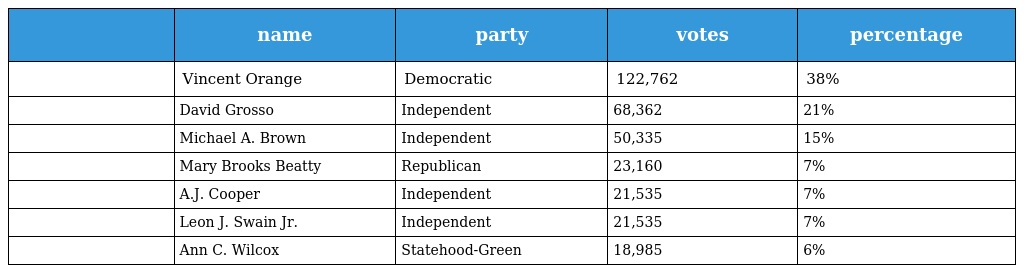
|  | name | party | votes | percentage |
 | --- | --- | --- | --- | --- |
 |  | Vincent Orange | Democratic | 122,762 | 38% |
 |  | David Grosso | Independent | 68,362 | 21% |
 |  | Michael A. Brown | Independent | 50,335 | 15% |
 |  | Mary Brooks Beatty | Republican | 23,160 | 7% |
 |  | A.J. Cooper | Independent | 21,535 | 7% |
 |  | Leon J. Swain Jr. | Independent | 21,535 | 7% |
 |  | Ann C. Wilcox | Statehood-Green | 18,985 | 6% |